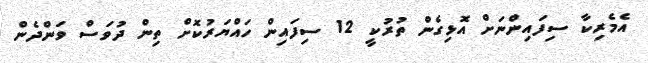
އެމެރިކާ ސިފައިންނަށް އޮޅިގެން ތުރުކީ 12 ސިފައިން ހައްޔަރުކޮށް ތިން ދުވަސް ވަންދެން